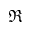
\Re